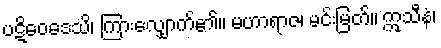
ပဋိဝေဒေသိ၊ ကြားလျှောက်၏။ မဟာရာဇ၊ မင်းမြတ်။ ဣသီနံ၊